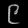
Digit: ၉